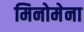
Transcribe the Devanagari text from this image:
मिनोमेना